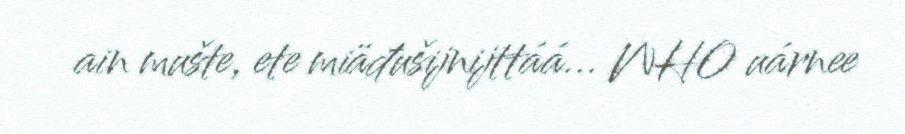
ain mušte, ete miäđušijnijttáá... WHO uárnee